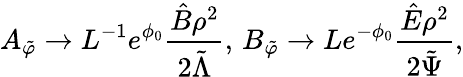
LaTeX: A_{\tilde{\varphi}}\rightarrow L^{-1}e^{\phi_{0}}\frac{\hat{B}\rho^{2}}{2\tilde{\Lambda}},\, B_{\tilde{\varphi}}\rightarrow Le^{-\phi_{0}}\frac{\hat{E}\rho^{2}}{2\tilde{\Psi}},